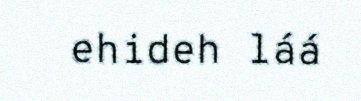
ehideh láá